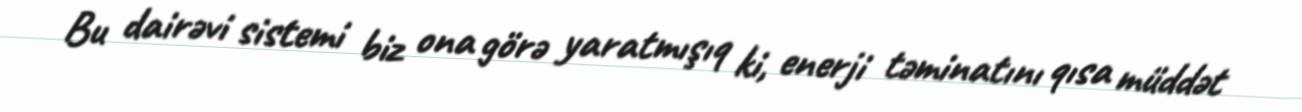
Bu dairəvi sistemi biz ona görə yaratmışıq ki, enerji təminatını qısa müddət